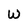
Character: W